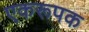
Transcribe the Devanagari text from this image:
एकरूपक